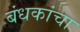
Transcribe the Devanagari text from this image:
बंधकांचा